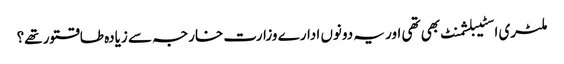
ملٹری اسٹیبلشمنٹ بھی تھی اور یہ دونوں ادارے وزارت خارجہ سے زیادہ طاقتور تھے؟